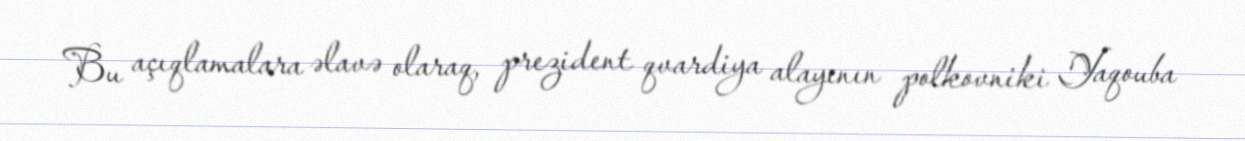
Bu açıqlamalara əlavə olaraq, prezident qvardiya alayının polkovniki Yaqouba